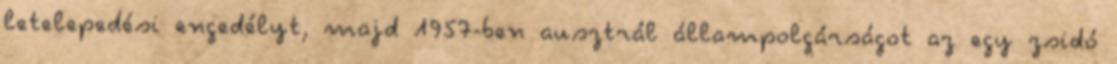
letelepedési engedélyt, majd 1957-ben ausztrál állampolgárságot az egy zsidó